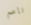
ناعم